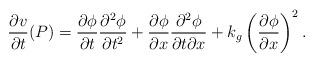
LaTeX: \begin{align*}\frac{\partial v}{\partial t}(P)=\frac{\partial \phi}{\partial t}\frac{\partial^2\phi }{\partial t^2}+\frac{\partial \phi}{\partial x}\frac{\partial^2\phi}{\partial t\partial x}+k_g\left(\frac{\partial \phi}{\partial x}\right)^2.\end{align*}